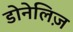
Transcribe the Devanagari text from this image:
डोनेलिज़